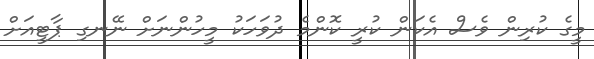
މީގެ ކުރިން ވެސް އެކަން ކުރީ ކޮންމެ ދުވަހަކު މީހުންނަށް ނޭނގި ޕާޓީއަށް